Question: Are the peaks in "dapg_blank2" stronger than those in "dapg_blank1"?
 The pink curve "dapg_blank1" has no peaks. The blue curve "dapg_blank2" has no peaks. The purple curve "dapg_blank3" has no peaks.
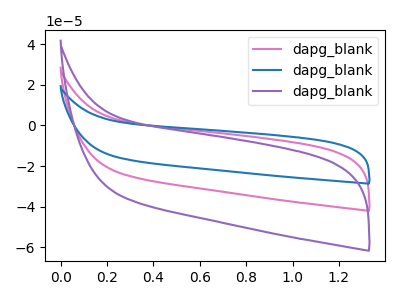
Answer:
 <answer>Niether CV has any peaks.</answer>
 <eval>blanks</eval>